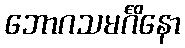
ဘောဂသမင်္ဂိနော